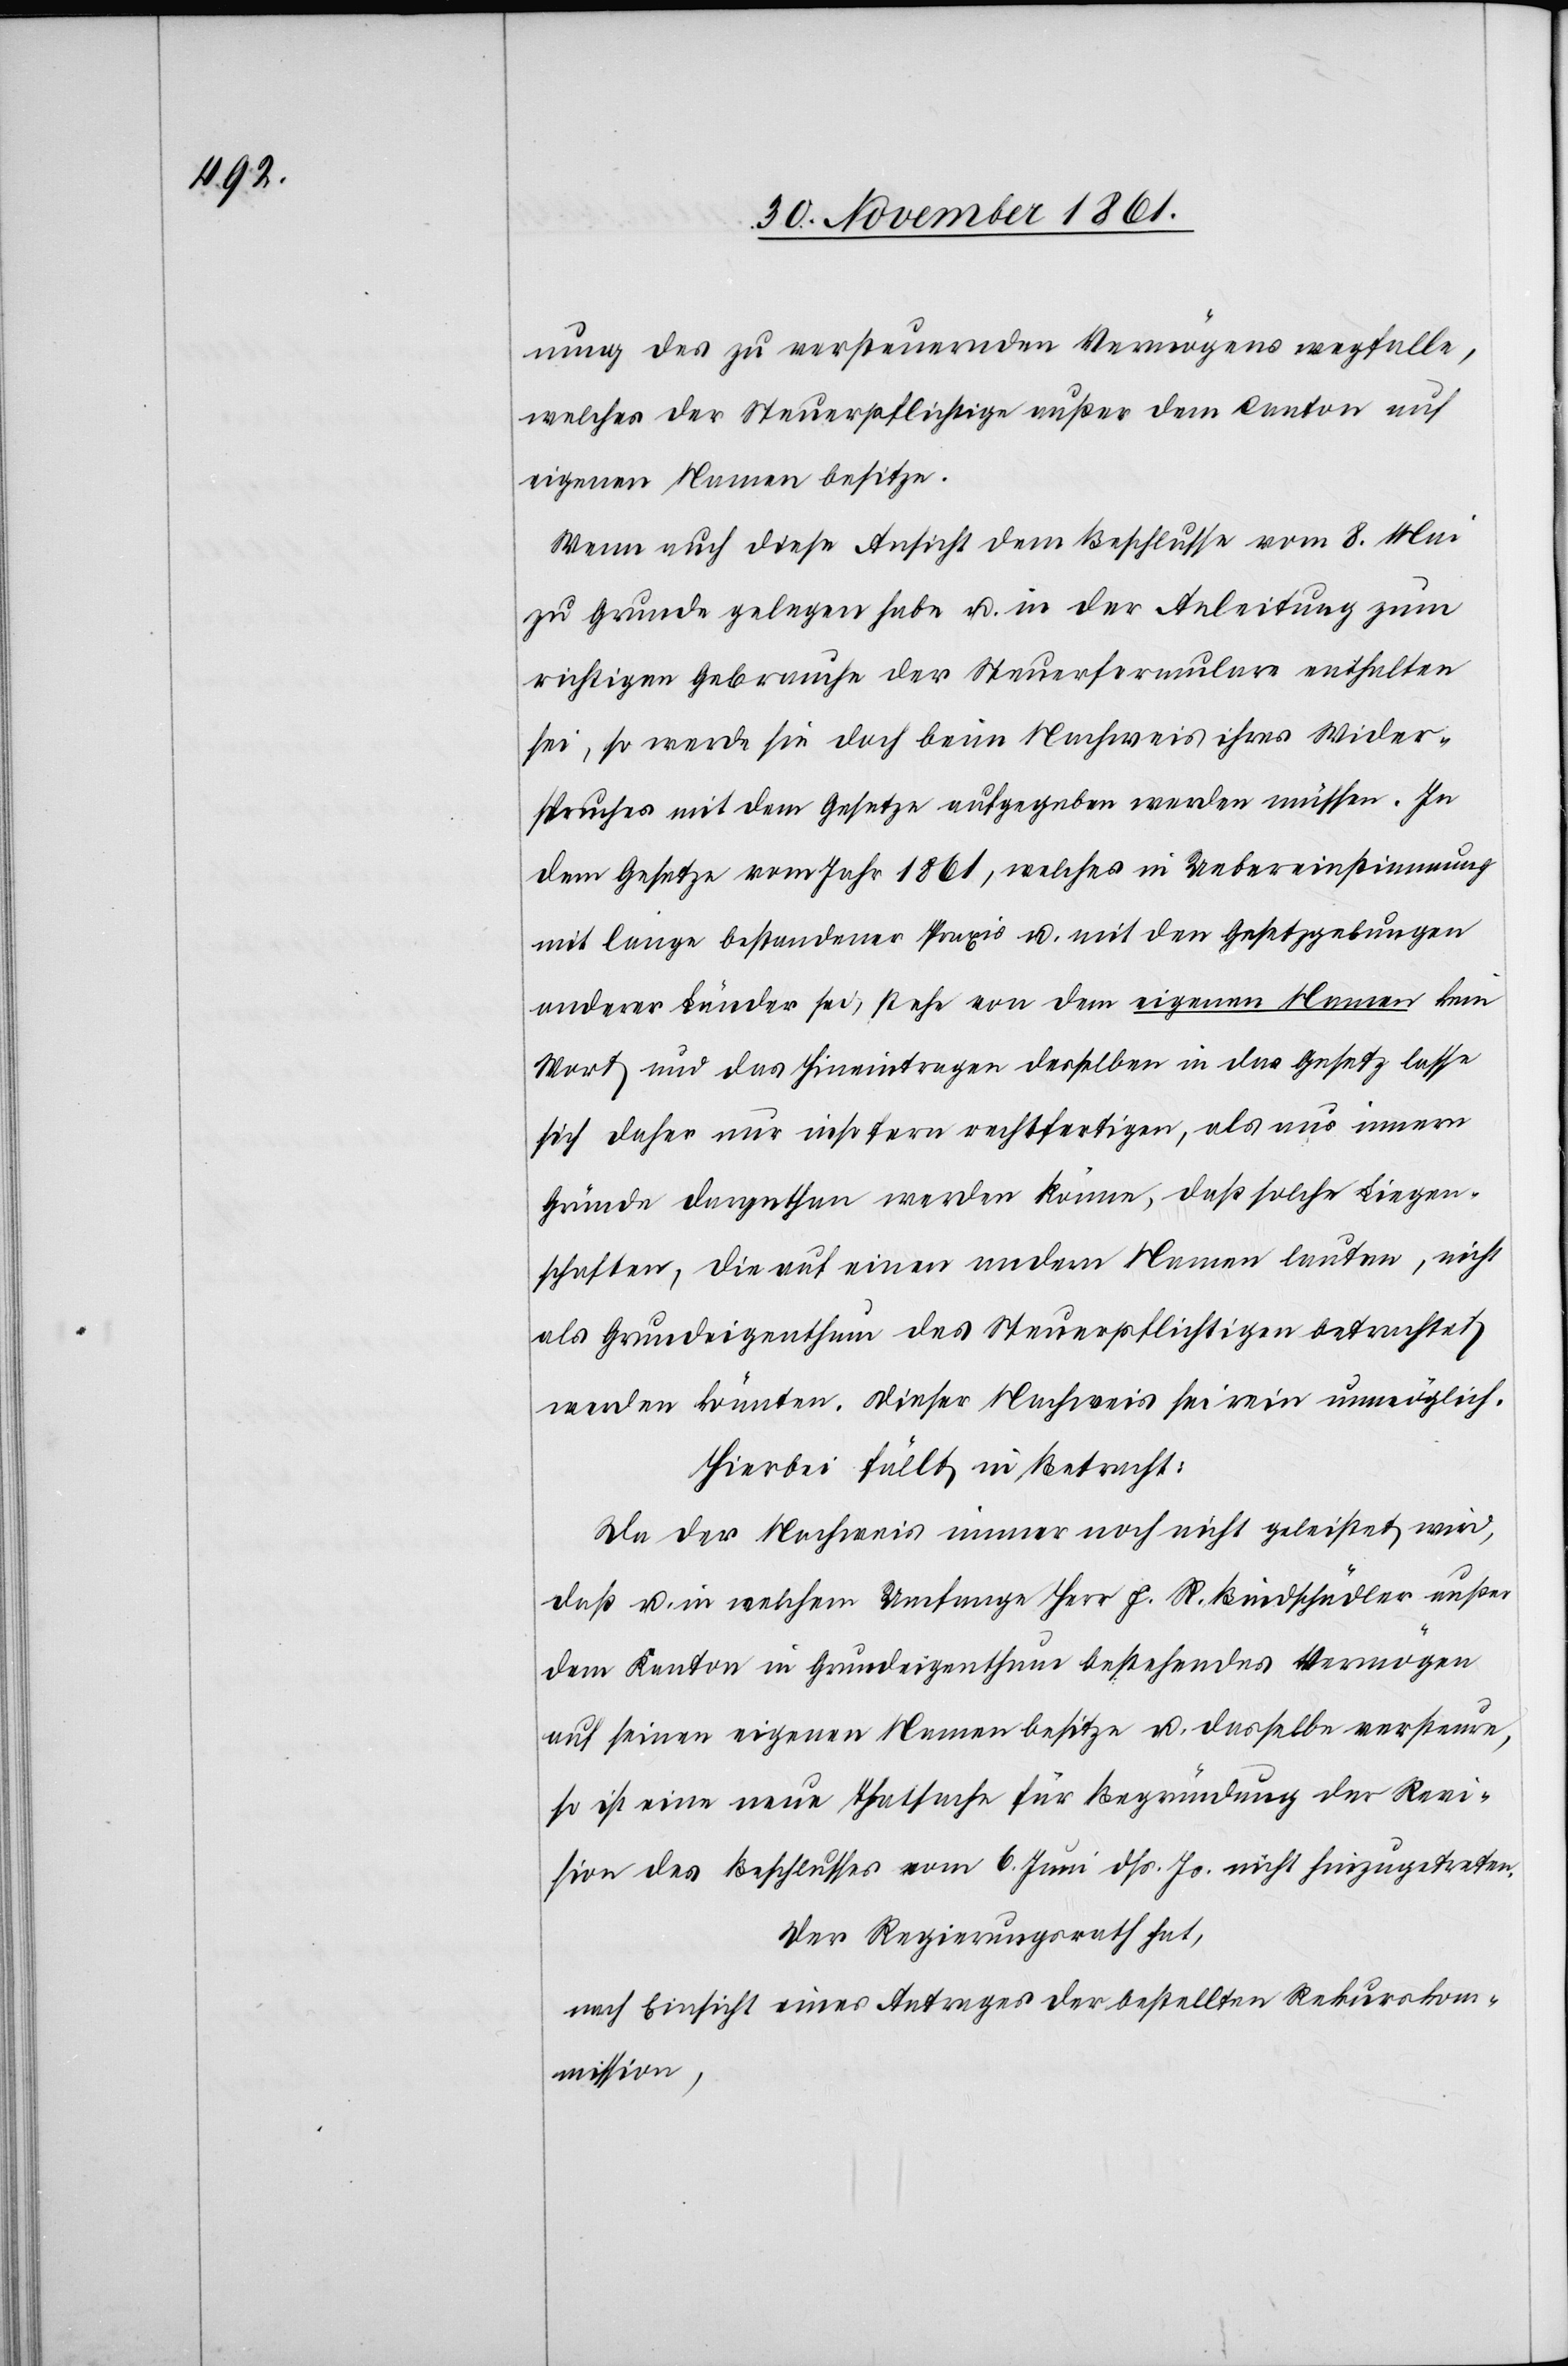
nung des zu versteuernden Vermögens wegfalle,
welches der Steuerpflichtige außer dem Canton auf
eigenen Namen besitze.
Wenn auch diese Ansicht dem Beschlusse vom 8 Mai
zu Grunde gelegen habe u. in der Anleitung zum
richtigen Gebrauche der Steuerformulare enthalten
sei, so werde sie doch beim Nachweis ihres Wider¬
spruches mit dem Gesetze aufgegeben werden müssen. In
dem Gesetze vom Jahr 1861, welches in Uebereinstimmung
mit lange bestandener Praxis u. mit den Gesetzgebungen
anderer Länder sei, stehe von dem eigenen Namen kein
Wort und das Hineintragen desselben in das Gesetz lasse
sich daher nur insofern rechtfertigen, als aus innern
Gründen dargethan werden könne, daß solche Liegen¬
schaften, die auf einen andern Namen lauten, nicht
als Grundeigenthum des Steuerpflichtigen betrachtet
werden könnten. Dieser Nachweis sei rein unmöglich.
Hiebei fällt in Betracht:
Da der Nachweis immer noch nicht geleistet wird,
daß u. in welchem Umfange Herr F. R. Bindschädler außer
dem Kanton in Grundeigenthum bestehendes Vermögen
auf seinen eigenen Namen besitze u. dasselbe versteure,
so ist eine neue Thatsache für Begründung der Revi¬
sion des Beschlusses vom 6 Juni dß. Js. nicht hinzugetreten.
Der Regierungsrath hat,
nach Einsicht eines Antrages der bestellten Rekurskom¬
mission,